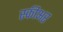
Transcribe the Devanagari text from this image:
स्कीअर